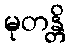
မုတန္တိ